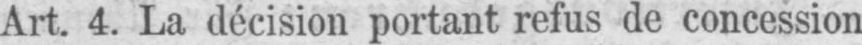
Art. 4. La décision portant refus de concession